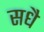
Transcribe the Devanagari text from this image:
सधै